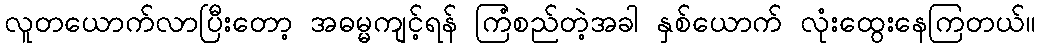
လူတယောက်လာပြီးတော့ အဓမ္မကျင့်ရန် ကြံစည်တဲ့အခါ နှစ်ယောက် လုံးထွေးနေကြတယ်။